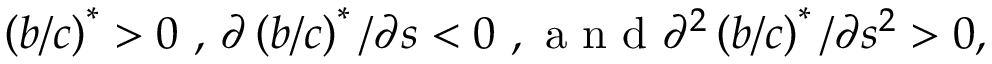
\left( b / c \right) ^ { \ast } > 0 \mathrm { ~ , ~ } \partial \left( b / c \right) ^ { \ast } / \partial s < 0 \mathrm { ~ , ~ a ~ n ~ d ~ } \partial ^ { 2 } \left( b / c \right) ^ { \ast } / \partial s ^ { 2 } > 0 ,